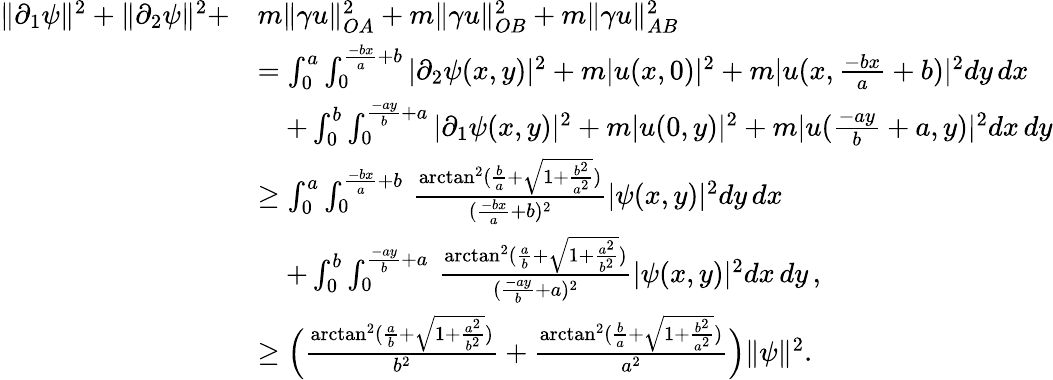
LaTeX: \begin{array}{rl}{\| \partial_{1}\psi\| ^{2}+\| \partial_{2}\psi\| ^{2}+}&{m\| \gamma u\| _{OA}^{2}+m\| \gamma u\| _{OB}^{2}+m\| \gamma u\| _{AB}^{2}}\\ &{=\int_{0}^{a}\int_{0}^{\frac{-bx}{a}+b}|\partial_{2}\psi(x,y)|^{2}+m|u(x,0)|^{2}+m|u(x,\frac{-bx}{a}+b)|^{2}dy\, dx}\\ &{\quad+\int_{0}^{b}\int_{0}^{\frac{-ay}{b}+a}|\partial_{1}\psi(x,y)|^{2}+m|u(0,y)|^{2}+m|u(\frac{-ay}{b}+a,y)|^{2}dx\, dy}\\ &{\geq\int_{0}^{a}\int_{0}^{\frac{-bx}{a}+b}\, \frac{\arctan^{2}(\frac{b}{a}+\sqrt{1+\frac{b^{2}}{a^{2}}})}{(\frac{-bx}{a}+b)^{2}}|\psi(x,y)|^{2}dy\, dx}\\ &{\quad+\int_{0}^{b}\int_{0}^{\frac{-ay}{b}+a}\, \frac{\arctan^{2}(\frac{a}{b}+\sqrt{1+\frac{a^{2}}{b^{2}}})}{(\frac{-ay}{b}+a)^{2}}|\psi(x,y)|^{2}dx\, dy\, ,}\\ &{\geq\Big(\frac{\arctan^{2}(\frac{a}{b}+\sqrt{1+\frac{a^{2}}{b^{2}}})}{b^{2}}+\frac{\arctan^{2}(\frac{b}{a}+\sqrt{1+\frac{b^{2}}{a^{2}}})}{a^{2}}\Big)\| \psi\| ^{2}.}\end{array}